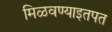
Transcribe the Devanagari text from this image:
मिळवण्याइतपत